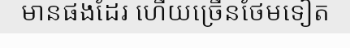
មានផងដែរ ហើយច្រើនថែមទៀត